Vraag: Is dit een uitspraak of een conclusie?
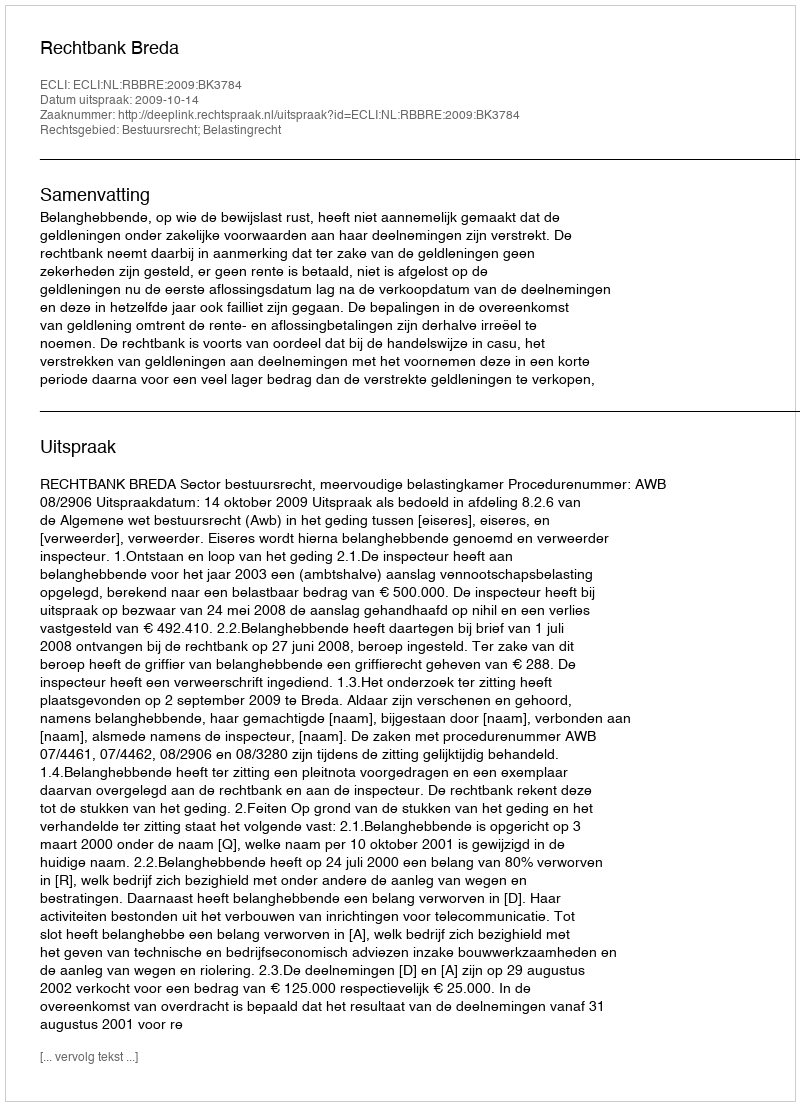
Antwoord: Uitspraak